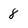
Character: 8